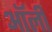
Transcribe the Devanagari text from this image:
ऑर्ली